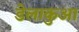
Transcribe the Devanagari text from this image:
डेलाकुआ